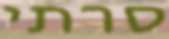
סרתי